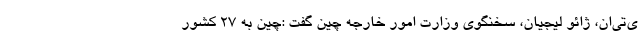
ی‌تی‌ان، ژائو لیجیان، سخنگوی وزارت امور خارجه چین گفت :چین به ۲۷ کشور